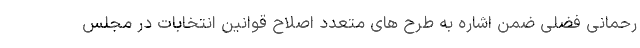
رحمانی فضلی ضمن اشاره به طرح های متعدد اصلاح قوانین انتخابات در مجلس